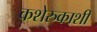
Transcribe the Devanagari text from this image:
कशेरुकाशी